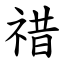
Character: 䄍